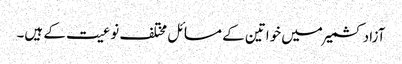
آزاد کشمیر میں خواتین کے مسائل مختلف نوعیت کے ہیں۔